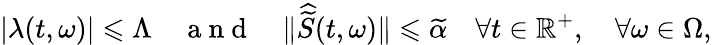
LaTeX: |\lambda(t,\omega)|\leqslant\Lambda\quad\mathrm{~a~n~d~}\quad\| \widehat{\widetilde{S}}(t,\omega)\| \leqslant\widetilde{\alpha}\quad\forall t\in\mathbb{R}^{+},\quad\forall\omega\in\Omega,